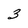
Character: 3